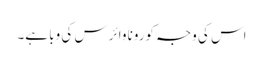
اس کی وجہ کورونا وائرس کی وبا ہے۔